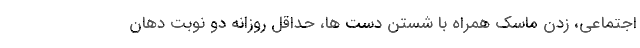
اجتماعی، زدن ماسک همراه با شستن دست ها، حداقل روزانه دو نوبت دهان